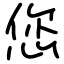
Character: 您